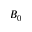
B _ { 0 }